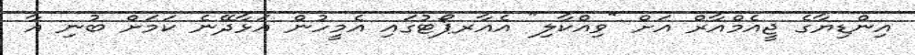
އިންޑިޔާގެ ޖީއެމްއާރް އަށް "ވިއްކާލި" އެއާރޕޯޓުގައި އެމީހުން އަޅާދޭނެ ކަމަށް ބުނި އާ